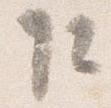
乍